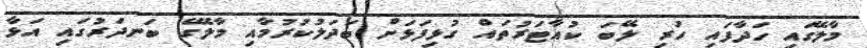
މާލޭގައި ހަދާފައި ހުރި ލޭބަ ކުއާޓަރުތައް ގުޅިފަޅަށް ބަދަލުކުރުމާއި މާލޭގެ ބަނދަރުގައި އަޅާ